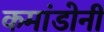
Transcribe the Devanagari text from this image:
कमांडोनी